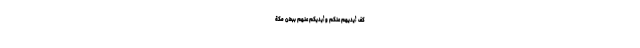
كَفَّ أَيْدِيَهُمْ عَنْكُمْ وَأَيْدِيَكُمْ عَنْهُمْ بِبَطْنِ مَكَّةَ